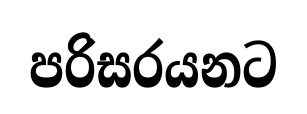
පරිසරයනට